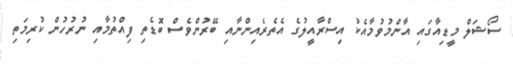
ސޯޝަލް މީޑިއާގައި އާންމުވުމާއެކު އިސްރާއީލުގެ އެތެރެއިންނާއި ބޭރުންވެސް ބޮޑެތި ފިއްތުމާއި ނުރުހުން ކުރިމަތި